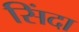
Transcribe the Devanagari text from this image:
सिंदा